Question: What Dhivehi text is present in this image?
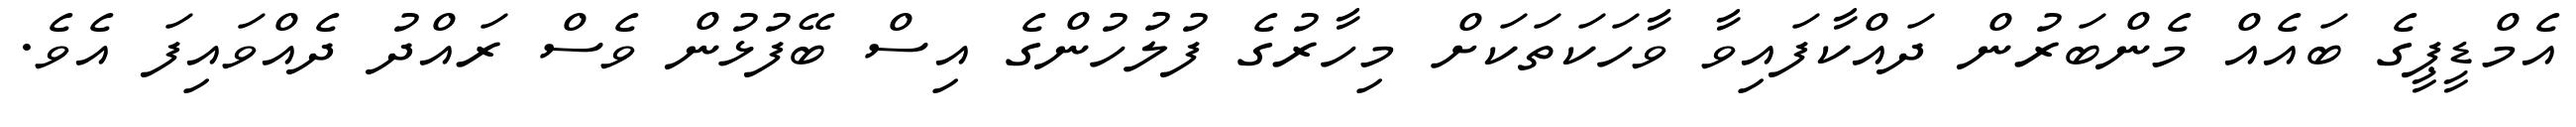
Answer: އެމްޑީޕީގެ ބައެއް މެންބަރުން ދައްކާފައިވާ ވާހަކަތަކަށް މިހާރުގެ ފުލުހުންގެ އިސް ބޭފުޅުން ވެސް ރައްދު ދެއްވައިފަ އެވެ.